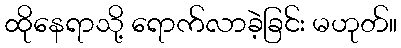
ထိုနေရာသို့ ရောက်လာခဲ့ခြင်း မဟုတ်။